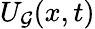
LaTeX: U_{\mathcal{G}}(x,t)